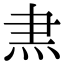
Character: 𭴘